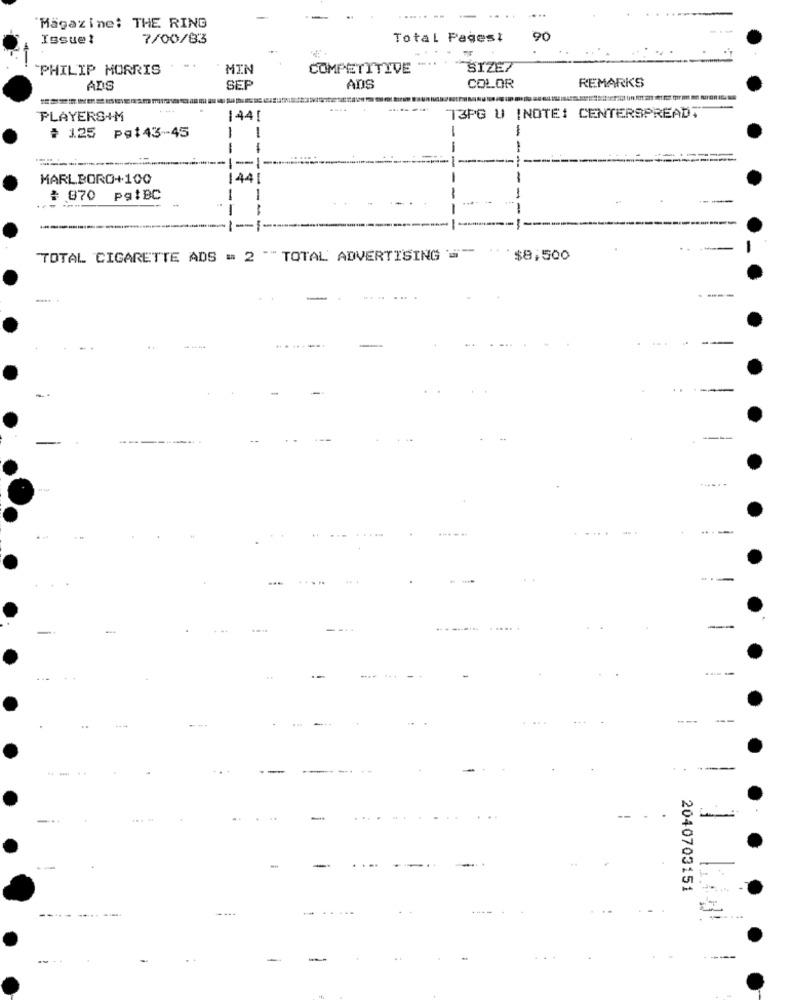
Magazine: THE RING
Issuel
7/00/83
Total Pagest
90
PHILIP MORRIS
..
MIN
COMPETITIVE
SIZE7
REMARKS
ADS
SEP
ADS
COLOR
PLAYERS+M
144!
T3PG U [NOTE: CENTERSPREAD"
-
# 1.25 pg:43-45
-
MARLBORO+100
44
: 870 pqtBC
-
TOTAL CIGARETTE ADS = 2 ""TOTAL ADVERTISING =" "
$8,500
----
--
---
---
....
---
---
-.-
-
---
-
---
...
-
2040703151
.....
....
----